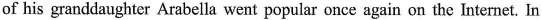
of his granddaughter Arabella went popular once again on the Internet. In